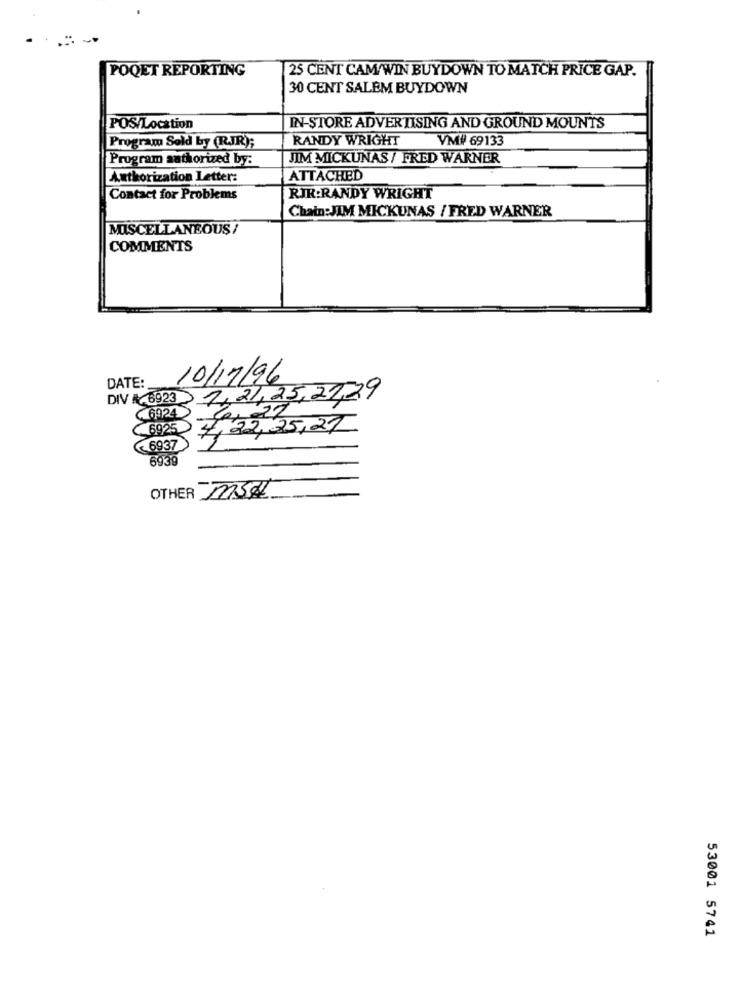
POQET REPORTING
25 CENT CAM/WIN BUYDOWN TO MATCH PRICE GAP.
30 CENT SALEM BUYDOWN
POS/Location
IN-STORE ADVERTISING AND GROUND MOUNTS
RANDY WRIGHT
VM#69133
Program Sold by (RJR);
Program authorized by:
JIM MICKUNAS / FRED WARNER
Authorization Letter:
ATTACHED
Contact for Problems
RIR:RANDY WRIGHT
Chain:JIM MICKUNAS / FRED WARNER
MISCELLANEOUS/
COMMENTS
DATE:
10/17/96
DIV # 6923 1,21,25,21,29
6924
6925
7,22,25,27
<6937
6939
OTHER ROSA
53001 5741